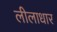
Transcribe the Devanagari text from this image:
लीलाधार